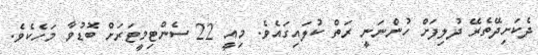
ދެކަށިދޭތެރޭ ދުލިފަށް ހުންނަނީ ރަތް ކުލައިގައެވެ. މިއީ 22 ސެންޓިމީޓަރަށް ބޮޑުވާ މަހެކެވެ.